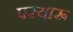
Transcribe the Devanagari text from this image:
परयारू